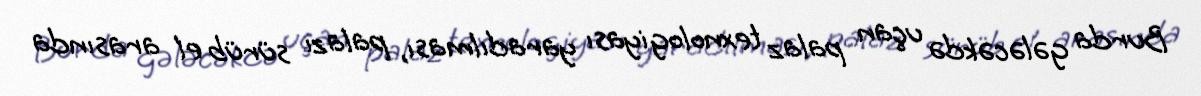
Burda gələcəkdə uçan palaz texnologiyası yaradılması, palazı sürüb el arasında